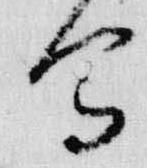
写